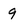
Character: 9